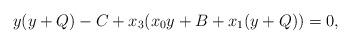
LaTeX: \begin{align*}y(y+Q)-C+x_3(x_0y+B+x_1(y+Q))=0,\end{align*}